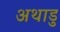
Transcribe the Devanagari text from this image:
अथाडु